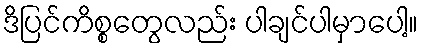
ဒိပြင်ကိစ္စတွေလည်း ပါချင်ပါမှာပေါ့။